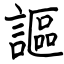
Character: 謳